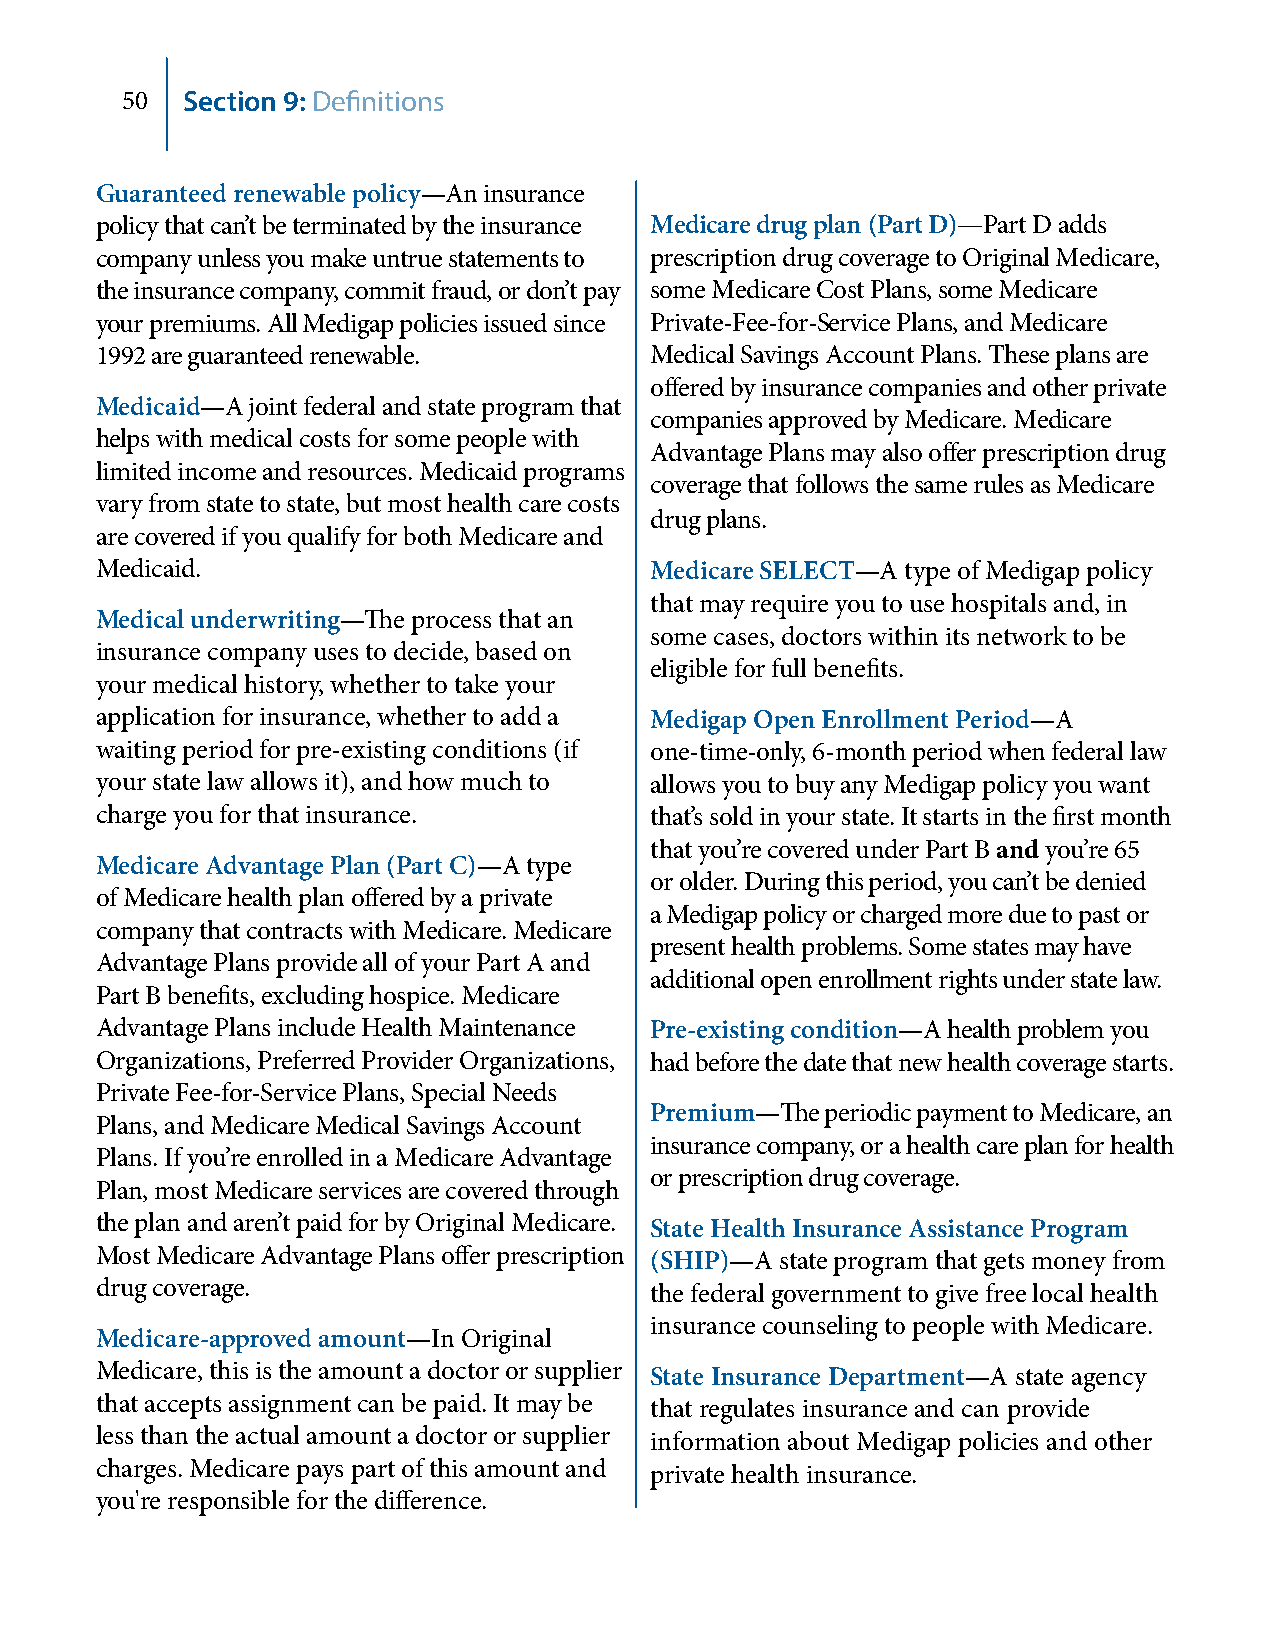
50  Section 9: Definitions
 Guaranteed renewable policy—An insurance
 policy that can’t be terminated by the insurance Medicare drug plan (Part D)—Part D adds
 company unless you make untrue statements to prescription drug coverage to Original Medicare,
 the insurance company, commit fraud, or don’t pay some Medicare Cost Plans, some Medicare
 your premiums. All Medigap policies issued since Private‑Fee‑for‑Service Plans, and Medicare
 1992 are guaranteed renewable.       Medical Savings Account Plans. These plans are
 offered by insurance companies and other private
 Medicaid—A joint federal and state program that
 companies approved by Medicare. Medicare
 helps with medical costs for some people with
 Advantage Plans may also offer prescription drug
 limited income and resources. Medicaid programs
 coverage that follows the same rules as Medicare
 vary from state to state, but most health care costs
 drug plans.
 are covered if you qualify for both Medicare and
 Medicaid.                            Medicare SELECT—A type of Medigap policy
 that may require you to use hospitals and, in
 Medical underwriting—The process that an
 some cases, doctors within its network to be
 insurance company uses to decide, based on
 eligible for full benefits.
 your medical history, whether to take your
 application for insurance, whether to add a Medigap Open Enrollment Period—A
 waiting period for pre‑existing conditions (if one‑time‑only, 6‑month period when federal law
 your state law allows it), and how much to allows you to buy any Medigap policy you want
 charge you for that insurance.       that’s sold in your state. It starts in the first month
 that you’re covered under Part B and you’re 65
 Medicare Advantage Plan (Part C)—A type
 or older. During this period, you can’t be denied
 of Medicare health plan offered by a private
 a Medigap policy or charged more due to past or
 company that contracts with Medicare. Medicare
 present health problems. Some states may have
 Advantage Plans provide all of your Part A and
 additional open enrollment rights under state law.
 Part B benefits, excluding hospice. Medicare
 Advantage Plans include Health Maintenance Pre-existing condition—A health problem you
 Organizations, Preferred Provider Organizations, had before the date that new health coverage starts.
 Private Fee‑for‑Service Plans, Special Needs
 Premium—The periodic payment to Medicare, an
 Plans, and Medicare Medical Savings Account
 insurance company, or a health care plan for health
 Plans. If you’re enrolled in a Medicare Advantage
 or prescription drug coverage.
 Plan, most Medicare services are covered through
 the plan and aren’t paid for by Original Medicare. State Health Insurance Assistance Program
 Most Medicare Advantage Plans offer prescription (SHIP)—A state program that gets money from
 drug coverage.                       the federal government to give free local health
 insurance counseling to people with Medicare.
 Medicare-approved amount—In Original
 Medicare, this is the amount a doctor or supplier State Insurance Department—A state agency
 that accepts assignment can be paid. It may be that regulates insurance and can provide
 less than the actual amount a doctor or supplier information about Medigap policies and other
 charges. Medicare pays part of this amount and private health insurance.
 you're responsible for the difference.